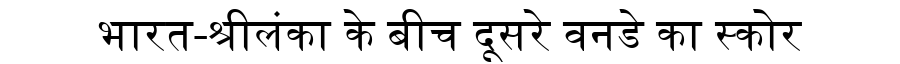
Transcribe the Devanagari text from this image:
भारत-श्रीलंका के बीच दूसरे वनडे का स्कोर